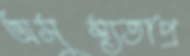
অসুস্থ্যতাপ্র